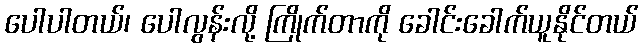
ပေါပါတယ်၊ ပေါလွန်းလို့ ကြိုက်တာကို ခေါင်းခေါက်ယူနိုင်တယ်